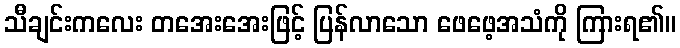
သီချင်းကလေး တအေးအေးဖြင့် ပြန်လာသော ဖေဖေ့အသံကို ကြားရ၏။